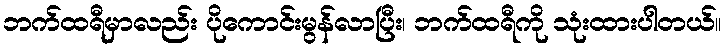
ဘက်ထရီမှာလည်း ပိုကောင်းမွန်လာပြီး၊ ဘက်ထရီကို သုံးထားပါတယ်။